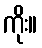
ကိုး။